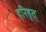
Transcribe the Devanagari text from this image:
हरिहृत्